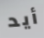
أيد